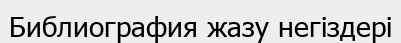
Библиография жазу негіздері